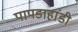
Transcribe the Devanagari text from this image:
पापडाहांडी